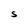
Character: S